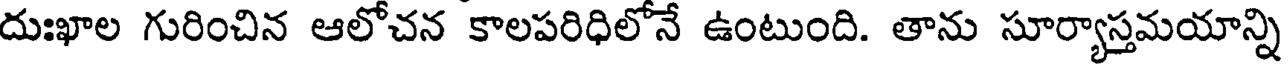
దుఃఖాల గురించిన ఆలోచన కాలపరిధిలోనే ఉంటుంది. తాను సూర్యాస్తమయాన్ని